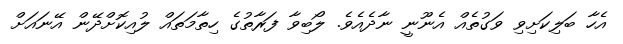
އެހާ ބަލިކަށިވި ވަގުތެއް އެނޫނީ ނާދެއެވެ. ލޯބިވާ ފަރާތުގެ ހިތާމަތައް ލުއިކޮށްދޭން އޭނައަށް